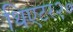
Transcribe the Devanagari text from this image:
थिएटर२०